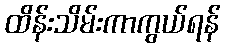
ထိန်းသိမ်းကာကွယ်ရန်